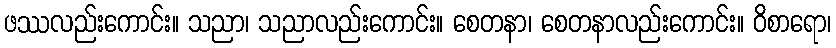
ဖဿလည်းကောင်း။ သညာ၊ သညာလည်းကောင်း။ စေတနာ၊ စေတနာလည်းကောင်း။ ဝိစာရော၊